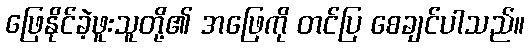
ဖြေနိုင်ခဲ့ဖူးသူတို့၏ အဖြေကို တင်ပြ စေချင်ပါသည်။